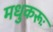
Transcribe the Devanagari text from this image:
मधुकरूः